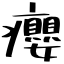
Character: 癭